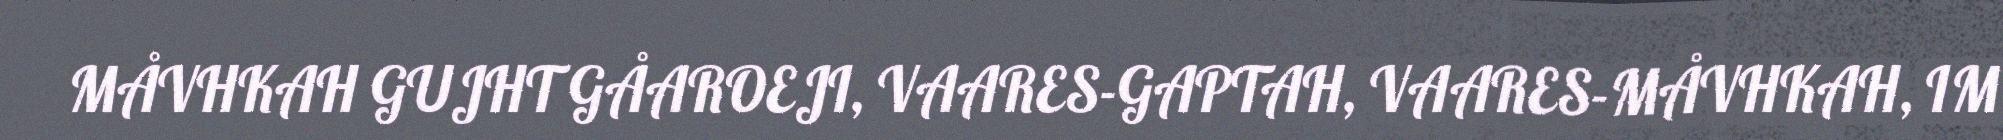
MÅVHKAH GUJHT GÅAROEJI, VAARES-GAPTAH, VAARES-MÅVHKAH, IM